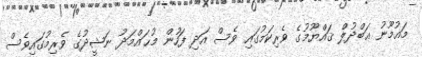
މައުމޫނު ޢަބްދުލް ޤައްޔޫމުގެ ވެރިކަމުގައި ވެސް އަދި ފަހުން މުޙައްމަދު ނަޝީދުގެ ވެރިމުގައިވެސް